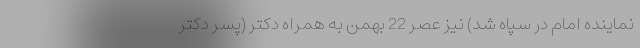
نماینده امام در سپاه شد) نیز عصر 22 بهمن به همراه دکتر (پسر دکتر